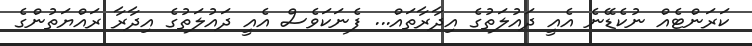
ކަރަންޓެއް ނުކެޑޭނެ އެއީ ދައުލަތުގެ އިދާރާތައް... ފެނަކަވެސް އެއީ ދައުލަތުގެ އިދާރާ ރައްޔަތުންގެ